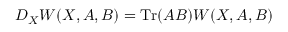
D _ { X } W ( X , A , B ) = \mathrm { T r } ( A B ) W ( X , A , B )